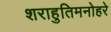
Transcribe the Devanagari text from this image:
शराहुतिमनोहरे